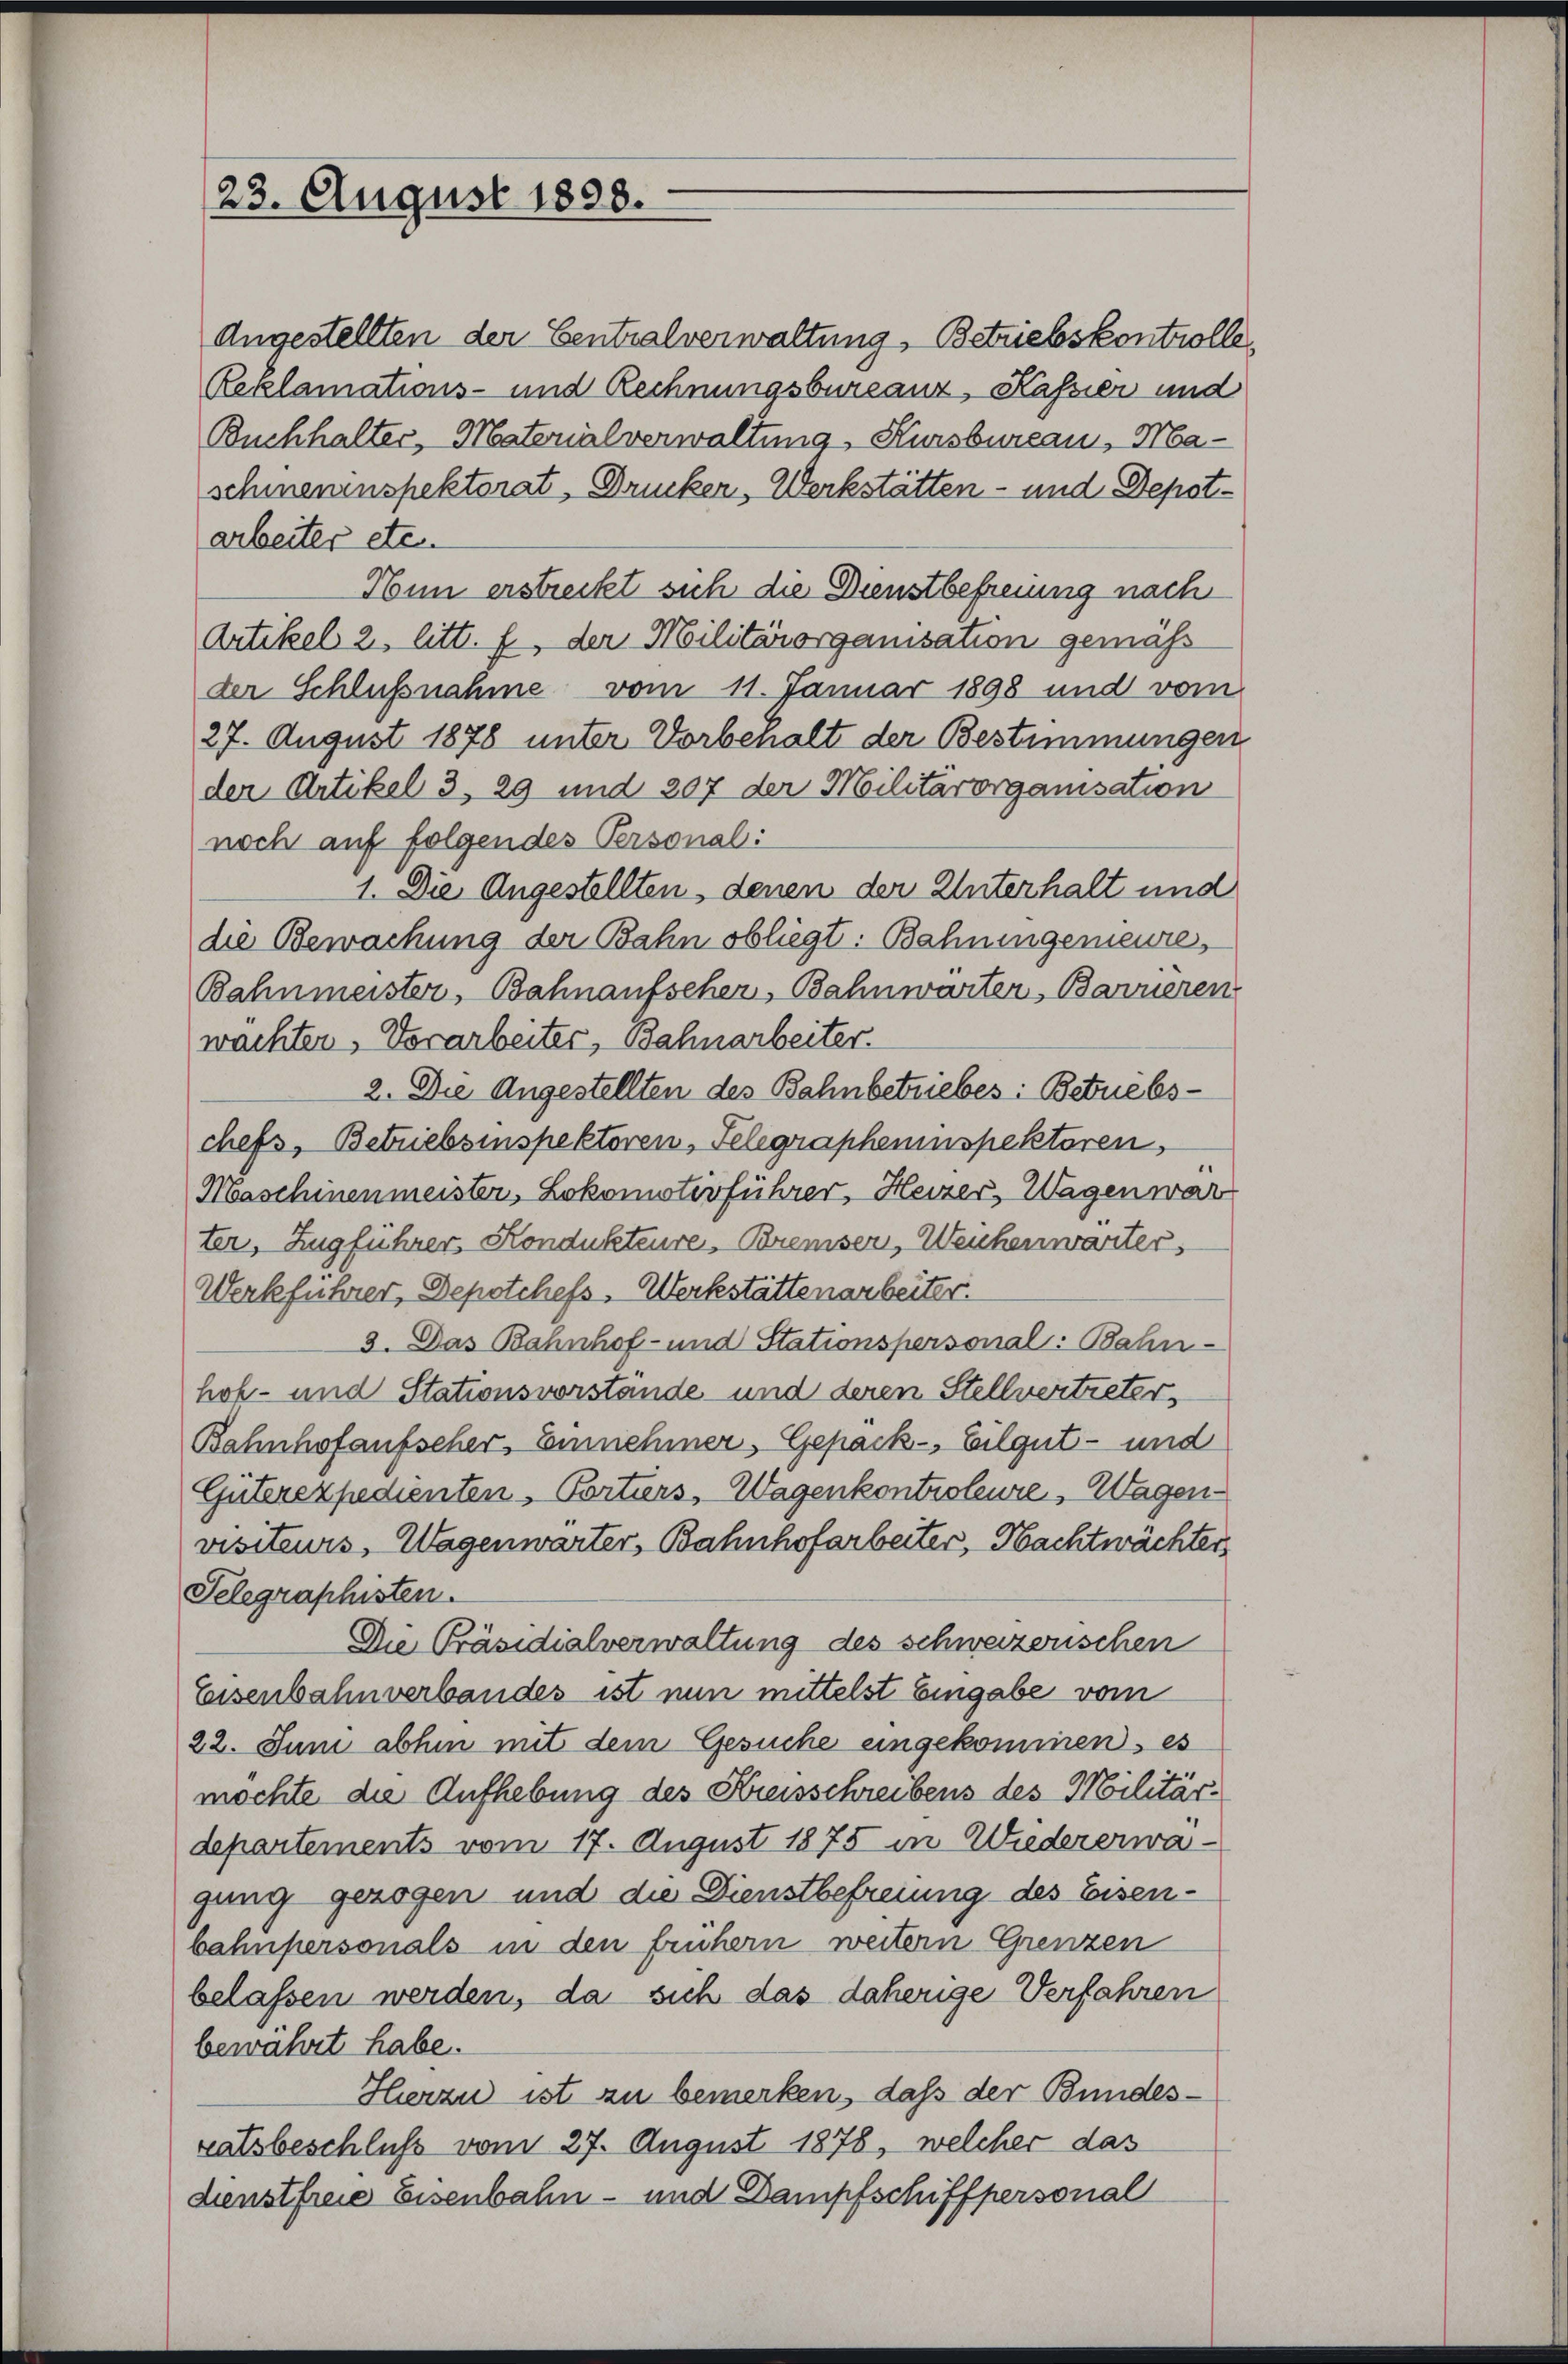
23. August 1808.

Angestellten der Centralverwaltung, Betriebskontrolle,
Reklamations- und Rechnungsbureauz, Kassier und
Buchhalter, Materialverwaltung, Kursbureau, Maschienenspektorat Drucker, Werkstätten- und Depotarbeiter etc.
Hun erstreckt sich die Dienstbefreiung nach
Artikel 2. litt. f, der Militärorganisation gemäß
der Schlußnahme vom 11. Januar 1898 und vom
27. August 1878 unter Vorbehalt der Bestimmungen
der Artikel 3, 29 und 207 der Militärorganisation
noch auf folgendes Personal:
1. Die Angestellten, denen der Unterhalt und
die Bewachung der Bahn obliegt. Bahningemeine
Bahnmeister, Bahnaufscher, Bahnwärter, Barrieren
wachten, Vorarbeiter, Bahnarbeiter.
2. Die Angestellten des Bahnbetriebes: Betriebschefs, Betriebsinspektoren, Telegrapheninspektoren,
Maschinenmeister, Lokomotivführer, Heizer, Wagen war
ter, Zugführer Kondukteure, Bremiser, Weichenwarter,
Werkführer, Depotchefs, Werkstättenarbeiter.
3. Das Bahnhof- und Stationspersonal: Bahn-
hof- und Stationsvorstände- und deren Stellvertreter
Bahnhofaufscher, Einnehmer, Gepack-, Eilgut- und
Güterexpedienten - Portiers, Wagenkontroleure, Wagenvisiteurs, Wagenwarter, Bahnhofarbeiter, Nachtwächter
Telegraphisten.
Die Präsidialverwaltung des schweizerischen
Eisenbahnverbandes ist nun mittelst Eingabe vom
22. Juni abhin mit dem Gesuche eingekommen, es
mochte die Aufhebung des Kreisschreibens des Militärdepartements vom 17. August 1875 in Wiedererwagung gezogen und die Dienstbefreiung des Eisenbahnpersonals in den frühern weitern Grenzen
belassen werden, da sich das daherige Verfahren
bewährt habe.
Hierzu ist zu bemerken, daß der Bundesratsbeschluß vom 27. August 1878, welcher das
dienstfreie Eisenbahn- und Dampfschiffpersonal